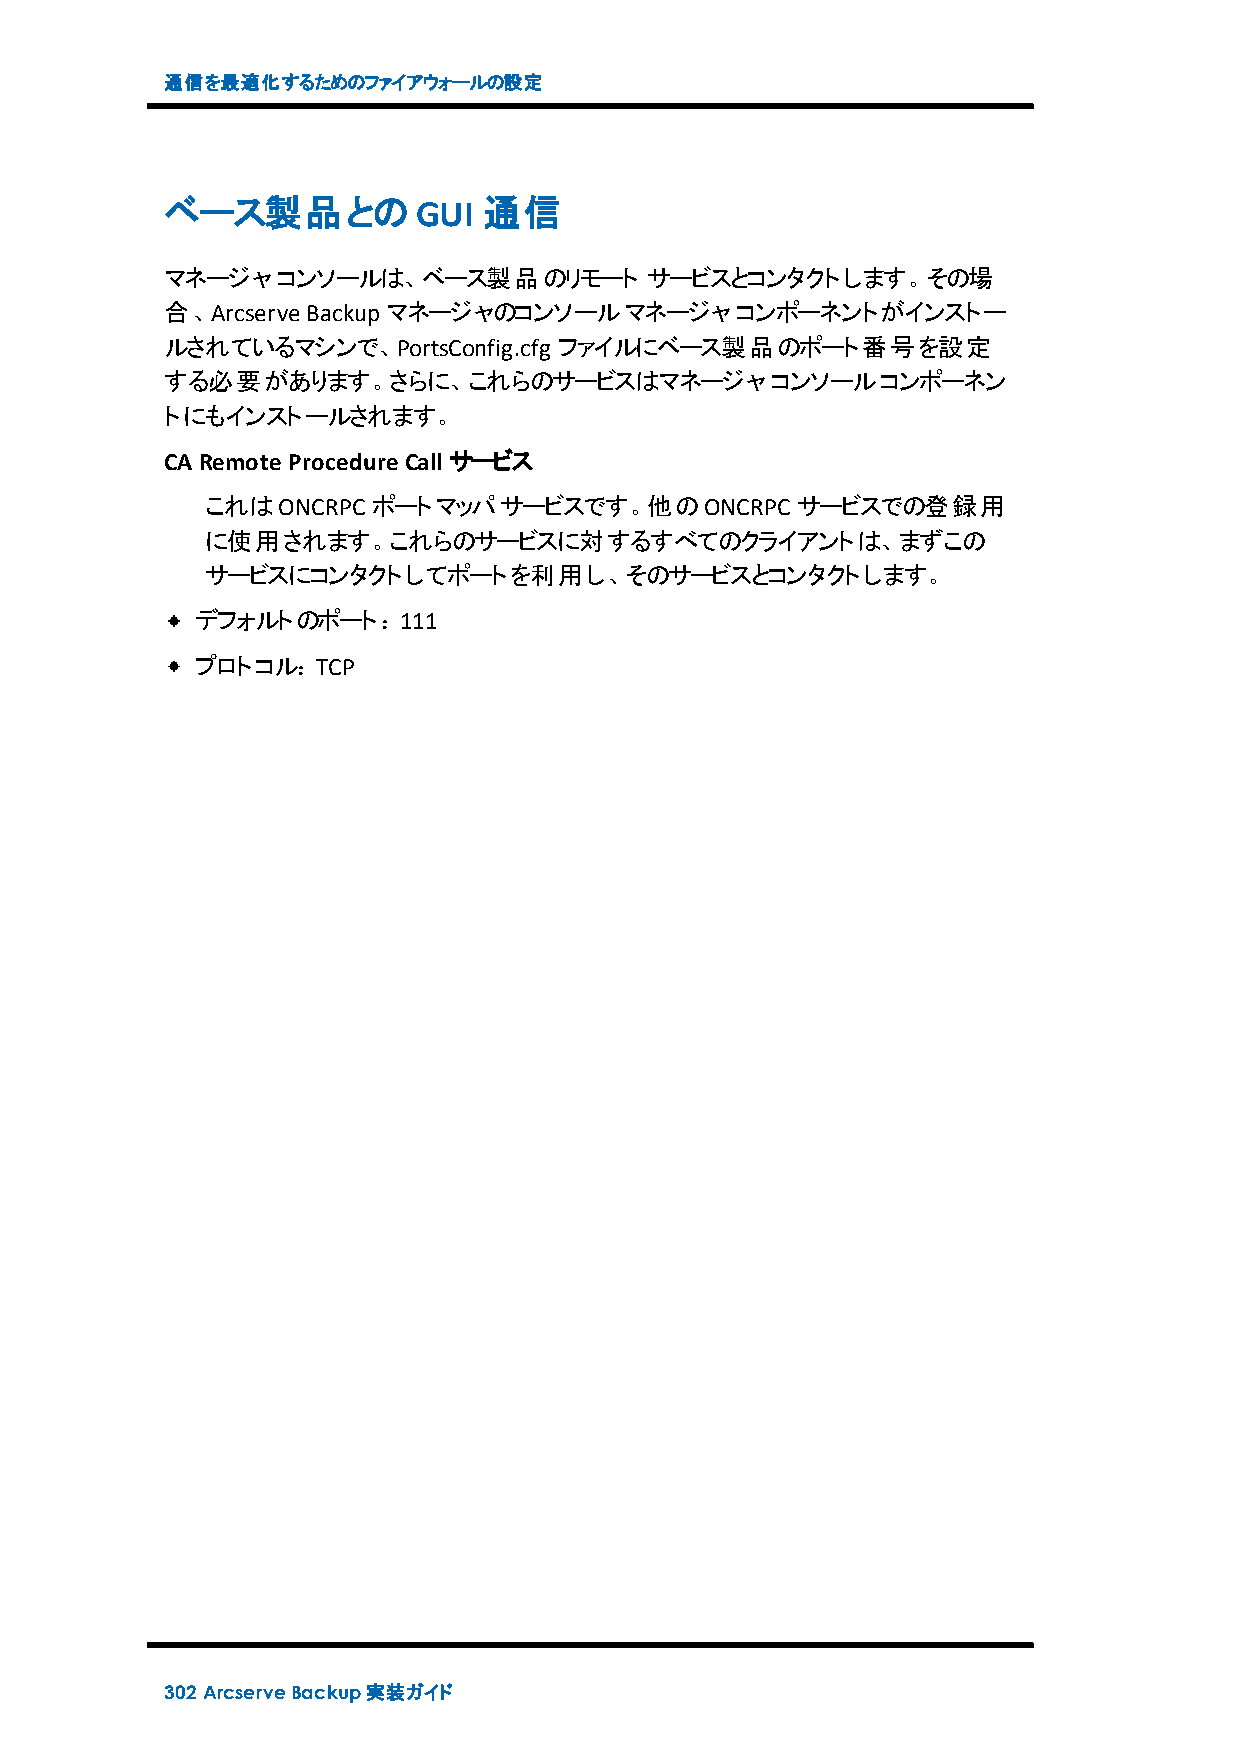
通信を最適化するためのファイアウォールの設定
 ベース製品とのGUI           通信
 マネージャコンソールは、ベース製品のリモート          サービスとコンタクトします。その場
 合、Arcserve Backupマネージャのコンソールマネージャコンポーネントがインストー
 ルされているマシンで、PortsConfig.cfg ファイルにベース製品のポート番号を設定
 する必要があります。さらに、これらのサービスはマネージャコンソールコンポーネン
 トにもインストールされます。
 CA RemoteProcedureCall サービス
 これはONCRPC  ポートマッパサービスです。他のONCRPC       サービスでの登録用
 に使用されます。これらのサービスに対するすべてのクライアントは、まずこの
 サービスにコンタクトしてポートを利用し、そのサービスとコンタクトします。
 デフォルトのポート：111
 プロトコル：TCP
 302 ArcserveBackup実装ガイド